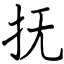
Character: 抚